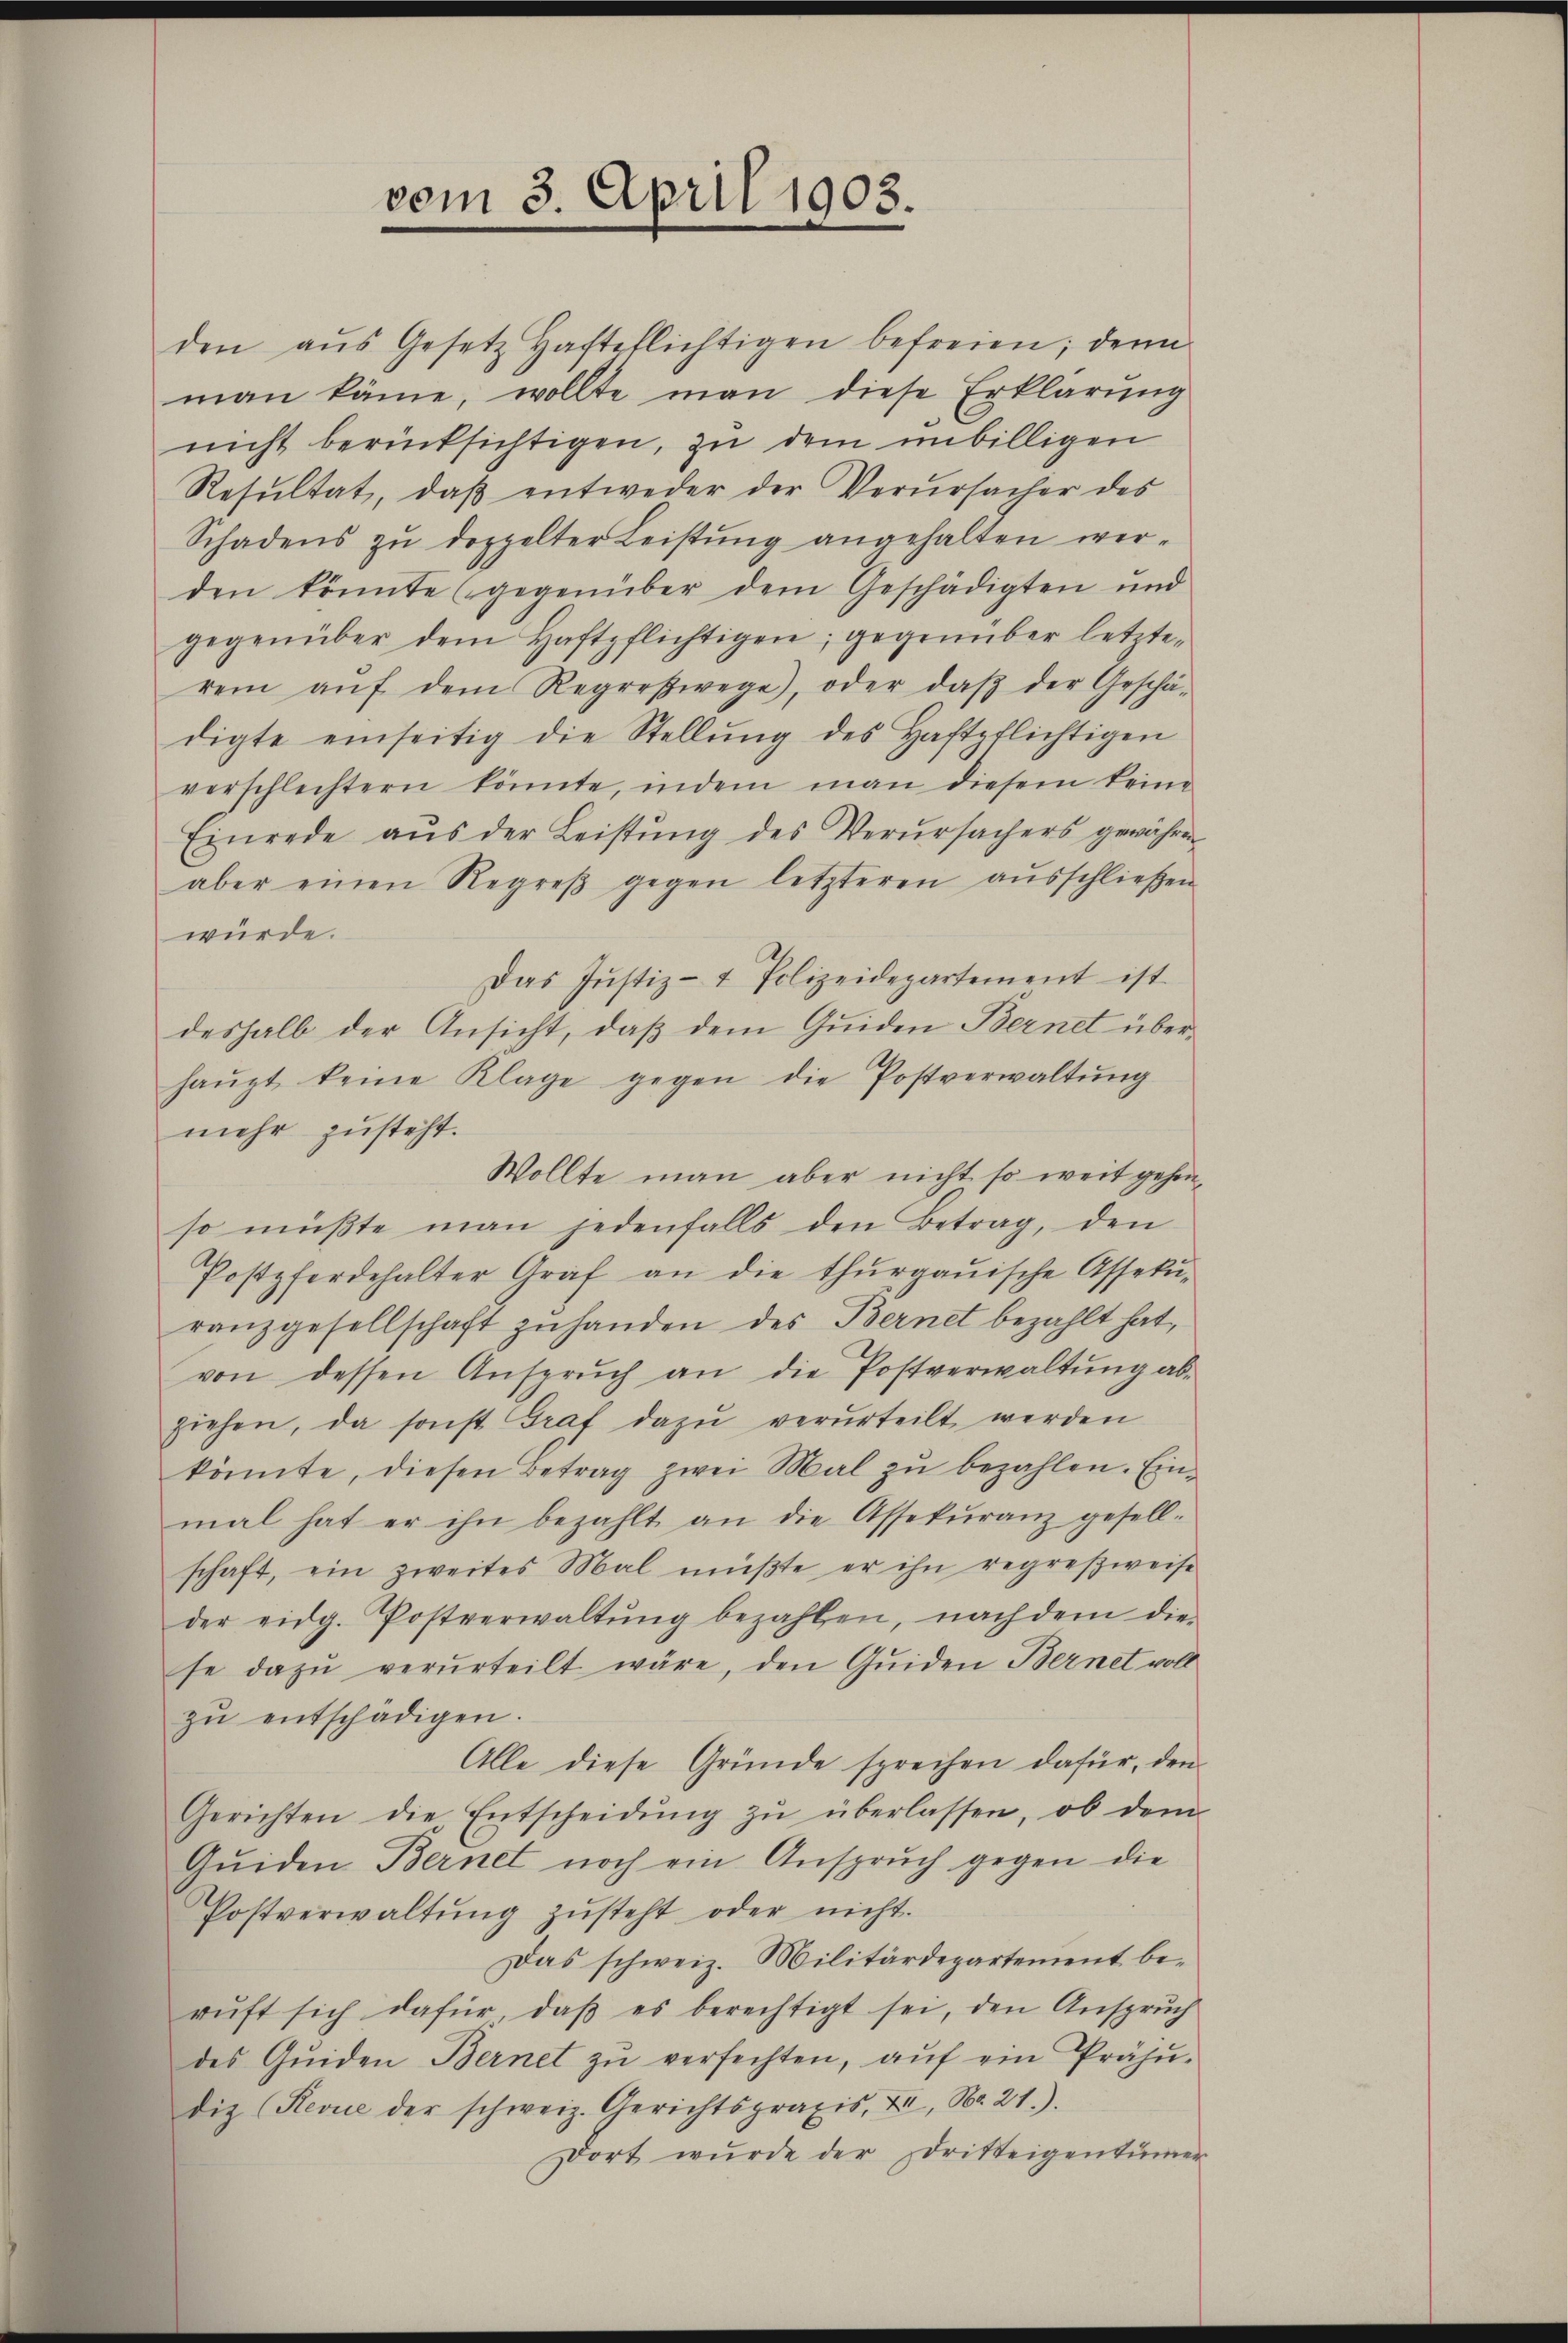
vom 3. April 1903.

den aŭs Gesetz Haftpflichtigen befreien; denn
man käme, wollte man diese Erklärŭng
nicht berücksichtigen, zu dem unbilligen
Resŭltat, daβ entweder der Verŭrsacher des
Schadens zŭ doppelter Leistŭng angehalten wer-
den könnte (gegenüber dem Geschädigten und
gegenüber dem Haftpflichtigen; gegenüber letzterei aŭf dem Regreßwege), oder daβ der Geschä-
digte einseitig die Stellŭng des Haftpflichtigen
verschlechtern könnte, indem man diesem keine
Einrede aŭs der Leistŭng des Verŭrsachers gewähren
aber einen Regreβ gegen letzteren aŭsschließen
würde.
Das Jŭstiz- & Polizeidepartement ist.
deshalb der Ansicht, daß dem Quiden Bernet überhaŭpt keine Klage gegen die Postverwaltŭng
mehr zusteht.
Wollte man aber nicht so weit gehen,
so müßte man jedenfalls den Betrag, den
Postpferdehalter Graf an die thurgauische Assekŭ-
ranzgesellschaft zuhanden des Bernet bezahlt hat,
von dessen Anspruch an die Postverwaltung abziehen, da sonst Graf dazu verurteilt werden
könnte, diesen Betrag zwei Mal zu bezahlen. Einmal hat er ihn bezahlt an die Assekŭranz gesell-
schaft, ein zweites Mal müßte er ihn regreßweise
der eidg. Postverwaltŭng bezahlen, nachdem die
se dazu verurteilt wäre, den Guiden Bernet voll
zŭ entschädigen.
Alle diese Gründe sprechen dafür, den
Gerichten die Entscheidŭng zŭ überlassen, ob dem
Quiden Bernet noch ein Anspruch gegen die
Postverwaltŭng zŭsteht oder nicht.
Das schweiz. Militärdepartement berŭft sich dafür, daβ es berechtigt sei, den Ansprŭch
des Qŭiden Bernet zŭ verfechten, aŭf ein Präjŭ-
diz (Revue der schweiz. Gerichtspraxis, X, Nr. 21.)
dort wurde der Dritteigentümer